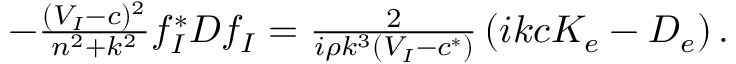
\begin{array} { r } { - \frac { ( V _ { I } - c ) ^ { 2 } } { n ^ { 2 } + k ^ { 2 } } f _ { I } ^ { * } D f _ { I } = \frac { 2 } { i \rho k ^ { 3 } ( V _ { I } - c ^ { * } ) } \left( i k c K _ { e } - D _ { e } \right) . } \end{array}